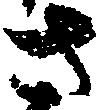
さ